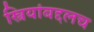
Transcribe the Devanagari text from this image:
स्त्रियांबद्दलच